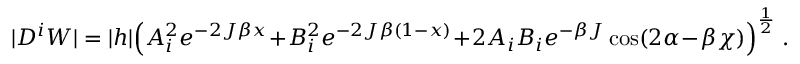
| D ^ { i } W | = | h | \Big ( A _ { i } ^ { 2 } e ^ { - 2 J \beta x } + B _ { i } ^ { 2 } e ^ { - 2 J \beta ( 1 - x ) } + 2 A _ { i } B _ { i } e ^ { - \beta J } \cos ( 2 \alpha - \beta \chi ) \Big ) ^ { \frac { 1 } { 2 } } \; .